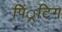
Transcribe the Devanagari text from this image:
पिं्रटिग